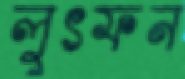
লুৎফন